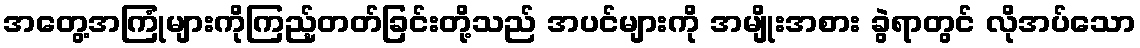
အတွေ့အကြုံများကိုကြည့်တတ်ခြင်းတို့သည် အပင်များကို အမျိုးအစား ခွဲရာတွင် လိုအပ်သော